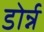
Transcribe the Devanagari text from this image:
डोर्न्न